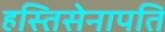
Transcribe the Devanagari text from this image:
हस्तिसेनापति